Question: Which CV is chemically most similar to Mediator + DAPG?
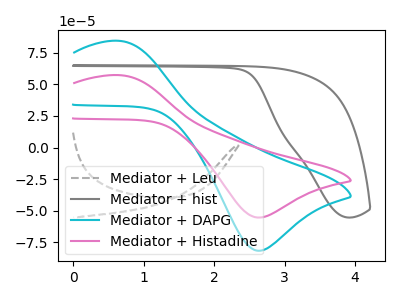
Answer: <think>The gray dashed curve "Mediator + Leu" has no peaks. The gray curve "Mediator + hist" has no peaks. The cyan curve "Mediator + DAPG" has an anodic peak at (0.65V, 84.40uA) and a cathodic peak at (2.65V, -81.65uA). The pink curve "Mediator + Histadine" has an anodic peak at (0.65V, 57.25uA) and a cathodic peak at (2.65V, -55.40uA).
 Neither "Mediator + Leu" or "Mediator + hist" have any peaks. "Mediator + Leu" and "Mediator + DAPG" have a different number of peaks. "Mediator + Leu" and "Mediator + Histadine" have a different number of peaks. "Mediator + hist" and "Mediator + DAPG" have a different number of peaks. "Mediator + hist" and "Mediator + Histadine" have a different number of peaks. All the peaks in "Mediator + DAPG" have a peak in "Mediator + Histadine" at the same potential. Every peak in "Mediator + DAPG" is higher than every peak in "Mediator + Histadine".</think>
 <answer>The CV with the most similar shape to "Mediator + Histadine" is "Mediator + DAPG".</answer>
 <eval>"Mediator + DAPG"</eval>